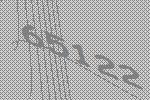
65122